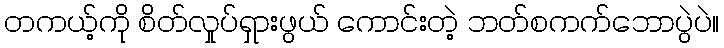
တကယ့်ကို စိတ်လှုပ်ရှားဖွယ် ကောင်းတဲ့ ဘတ်စကက်ဘောပွဲပဲ။